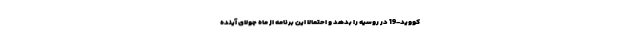
کووید-19 در روسیه را بدهد و احتمالا این برنامه از ماه جولای آینده